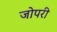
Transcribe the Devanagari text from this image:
जोपरी